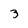
Character: 3